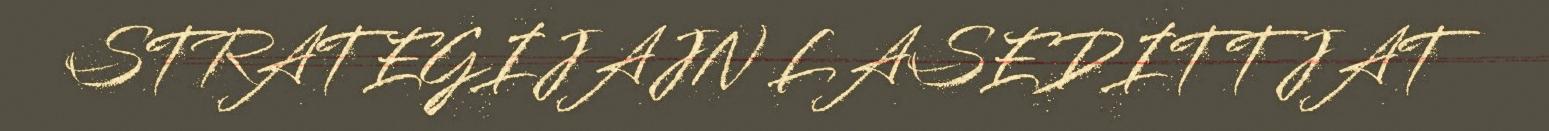
STRATEGIJAJN LASEDITTJAT